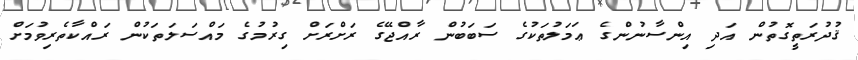
ޤުދުރަތީގޮތުން އަދި އިންސާނުންގެ ޢަމަލުތަކުގެ ސަބަބުން ރާއްޖޭގެ ރަށްރަށް ގިރުމުގެ މައްސަލަތަކުން ރައްކާތެރިވުމަށް